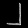
Digit: ၂